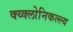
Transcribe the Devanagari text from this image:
क्य्क्लोनिकल्ल्य